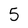
Character: 5